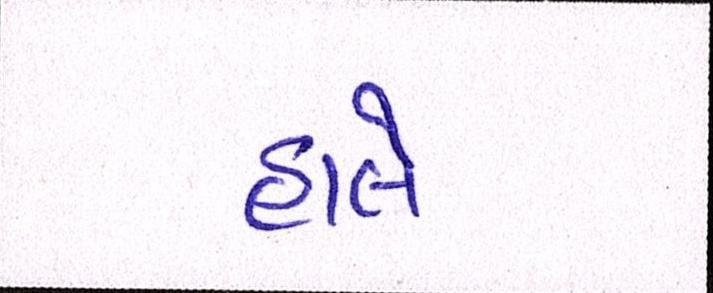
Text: હાલે